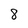
Character: 8